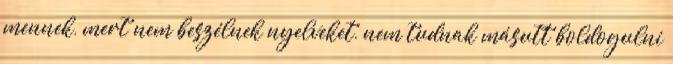
mennek, mert nem beszélnek nyelveket, nem tudnak másutt boldogulni